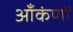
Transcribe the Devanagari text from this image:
आँकंणों